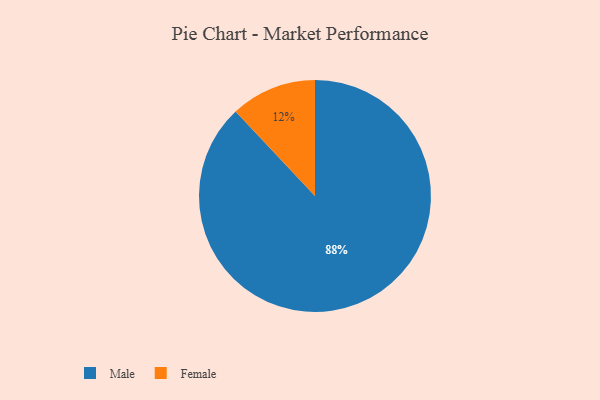
{"axis": {"x": "Category", "y": "Percentage"}, "legend": ["Female", "Male"], "data": [{"x": "Male", "y": 88, "type": "Male"}, {"x": "Female", "y": 12, "type": "Female"}]}